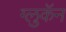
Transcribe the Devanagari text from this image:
ग्लुकॅन